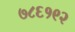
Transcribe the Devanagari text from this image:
७८६१९२